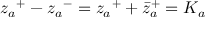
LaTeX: { z _ { a } } ^ { + } - { z _ { a } } ^ { - } = { z _ { a } } ^ { + } + { { { \bar { z } } _ { a } } } ^ { + } = K _ { a }